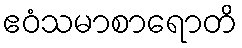
ဧဝံသမာစာရောတိ